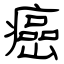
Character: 癌